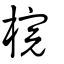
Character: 梡